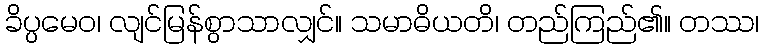
ခိပ္ပမေဝ၊ လျင်မြန်စွာသာလျှင်။ သမာဓိယတိ၊ တည်ကြည်၏။ တဿ၊